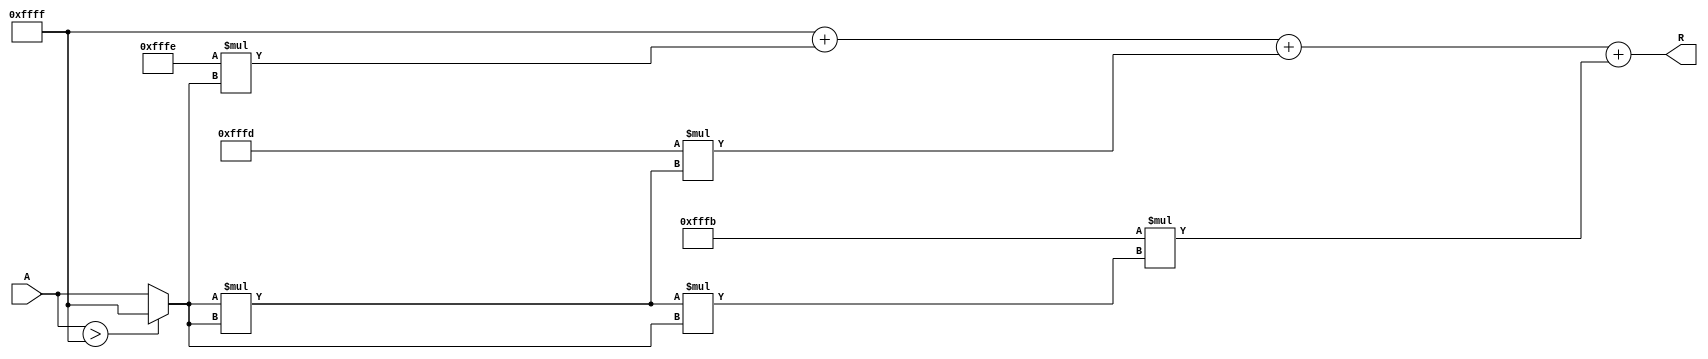
module ApproximateReciprocal #(
    parameter INPUT_WIDTH = 16,
    parameter OUTPUT_WIDTH = 16
)(
    input  wire [INPUT_WIDTH-1:0] A,   // Input value
    output reg  [OUTPUT_WIDTH-1:0] R    // Approximate reciprocal
);

    // Internal parameters for normalization and scaling
    localparam MAX_INPUT_VALUE = (1 << INPUT_WIDTH) - 1; // Assuming A is positive and within range

    // Polynomial coefficients for approximation (example: 1/(1+x) ~ 1 - x + x^2 - x^3 + ...)
    // These coefficients can be adjusted for better approximation
    localparam [OUTPUT_WIDTH-1:0] COEFF_0 = 16'hFFFF; // 1.0
    localparam [OUTPUT_WIDTH-1:0] COEFF_1 = 16'hFFFE; // -1.0
    localparam [OUTPUT_WIDTH-1:0] COEFF_2 = 16'hFFFD; // +1.0
    localparam [OUTPUT_WIDTH-1:0] COEFF_3 = 16'hFFFB; // -1.0

    // Normalization logic (for inputs larger than 1)
    wire [INPUT_WIDTH-1:0] normalized_input;
    assign normalized_input = (A > MAX_INPUT_VALUE) ? MAX_INPUT_VALUE : A;

    // Approximation logic using polynomial approximation
    wire [OUTPUT_WIDTH-1:0] x;
    assign x = normalized_input[INPUT_WIDTH-1:0]; // Using lower bits for approximation

    // Simple polynomial approximation: R = COEFF_0 + COEFF_1*x + COEFF_2*x^2 + COEFF_3*x^3
    wire [OUTPUT_WIDTH-1:0] x2 = x * x; // x^2
    wire [OUTPUT_WIDTH-1:0] x3 = x2 * x; // x^3

    always @(*) begin
        R = COEFF_0 + (COEFF_1 * x) + (COEFF_2 * x2) + (COEFF_3 * x3);
    end

endmodule